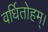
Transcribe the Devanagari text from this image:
वर्धितोहम्।